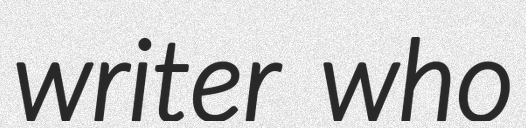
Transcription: writer who